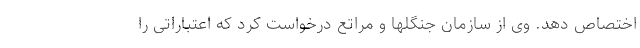
اختصاص دهد. وی از سازمان جنگلها و مراتع درخواست کرد که اعتباراتی را